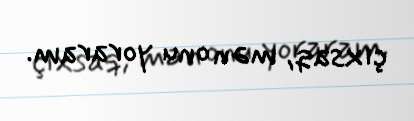
çıxsaq, mən onu yoraram.